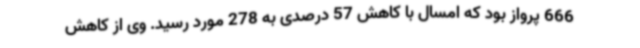
666 پرواز بود که امسال با کاهش 57 درصدی به 278 مورد رسید. وی از کاهش